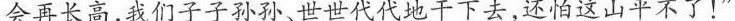
会再长高，我们子子孙孙、世世代代地干下去，还怕这山平不了！”